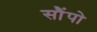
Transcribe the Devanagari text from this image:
सौंपो